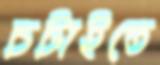
চটাইতে